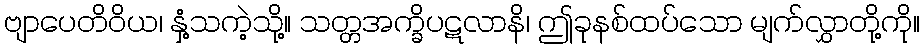
ဗျာပေတိဝိယ၊ နှံ့သကဲ့သို့။ သတ္တအက္ခိပဋလာနိ၊ ဤခုနစ်ထပ်သော မျက်လွှာတို့ကို။